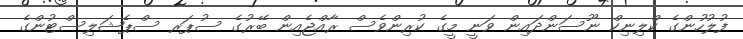
ފުލުހުންގެ ކްލިނިކް ނޫސަންދައިން ވަނީ މީގެ ކުރިންވެސް ރާއްޖެއިން ބޭރުގެ ސުޕަރ ސްޕެޝަލިސްޓުންގެ